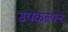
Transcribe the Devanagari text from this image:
उपकल्पन